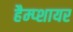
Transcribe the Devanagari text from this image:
हैम्प्शायर